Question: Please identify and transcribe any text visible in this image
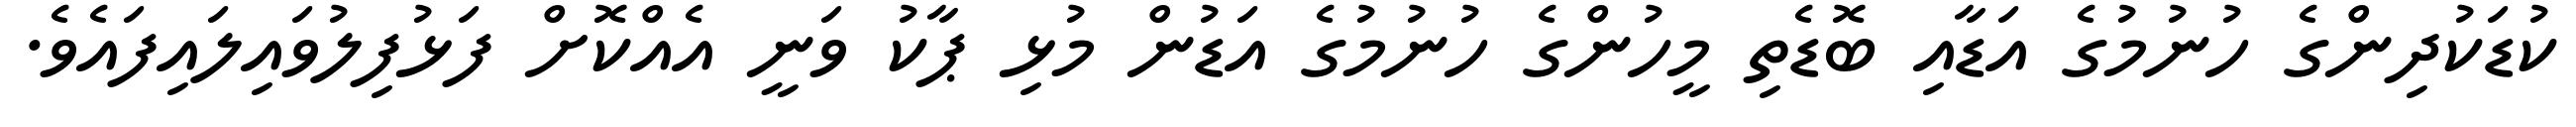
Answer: ކުޑަކުދިންގެ ހުނުމުގެ އަޑާއި ބޮޑެތި މީހުންގެ ހުނުމުގެ އަޑުން މުޅި ޕާކު ވަނީ އެއްކޮށް ފަޅުފިލުވައިލައިފައެވެ.